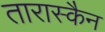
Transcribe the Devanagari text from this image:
तारास्कैन